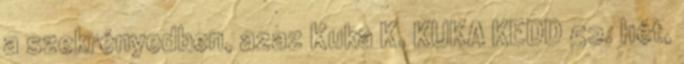
a szekrényedben, azaz Kuka K. KUKA KEDD 52. hét,